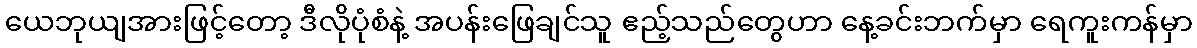
ယေဘုယျအားဖြင့်တော့ ဒီလိုပုံစံနဲ့ အပန်းဖြေချင်သူ ဧည့်သည်တွေဟာ နေ့ခင်းဘက်မှာ ရေကူးကန်မှာ